Indian journal of veterinary science and animal husbandry - Volume 12,
Year: 1942
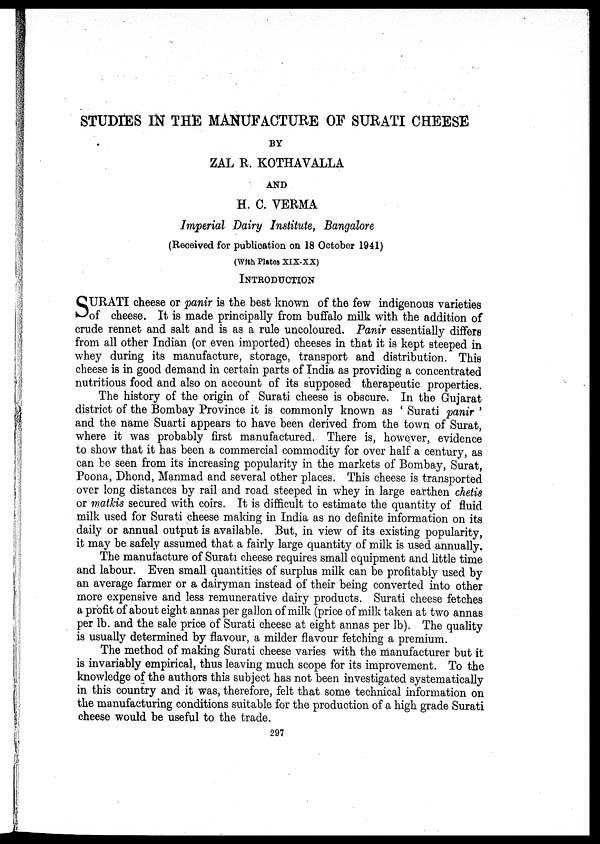
STUDIES IN THE MANUFACTURE OF SURATI CHEESE
BY
ZAL R. KOTHAVALLA
AND
H. C. VERMA
Imperial Dairy Institute, Bangalore
(Received for publication on 18 October 1941)
(With Plates XIX-XX)
INTRODUCTION
S URATI cheese or panir is the best known of the few indigenous varieties
of cheese. It is made principally from buffalo milk with the addition of
crude rennet and salt and is as a rule uncoloured. Panir essentially differs
from all other Indian (or even imported) cheeses in that it is kept steeped in
whey during its manufacture, storage, transport and distribution. This
cheese is in good demand in certain parts of India as providing a concentrated
nutritious food and also on account of its supposed therapeutic properties.
The history of the origin of Surati cheese is obscure. In the Gujarat
district of the Bombay Province it is commonly known as ' Surati panir '
and the name Suarti appears to have been derived from the town of Surat,
where it was probably first manufactured. There is, however, evidence
to show that it has been a commercial commodity for over half a century, as
can be seen from its increasing popularity in the markets of Bombay, Surat,
Poona, Dhond, Manmad and several other places. This cheese is transported
over long distances by rail and road steeped in whey in large earthen chetis
or matkis secured with coirs. It is difficult to estimate the quantity of fluid
milk used for Surati cheese making in India as no definite information on its
daily or annual output is available. But, in view of its existing popularity,
it may be safely assumed that a fairly large quantity of milk is used annually.
The manufacture of Surati cheese requires small equipment and little time
and labour. Even small quantities of surplus milk can be profitably used by
an average farmer or a dairyman instead of their being converted into other
more expensive and less remunerative dairy products. Surati cheese fetches
a profit of about eight annas per gallon of milk (price of milk taken at two annas
per lb. and the sale price of Surati cheese at eight annas per lb). The quality
is usually determined by flavour, a milder flavour fetching a premium.
The method of making Surati cheese varies with the manufacturer but it
is invariably empirical, thus leaving much scope for its improvement. To the
knowledge of the authors this subject has not been investigated systematically
in this country and it was, therefore, felt that some technical information on
the manufacturing conditions suitable for the production of a high grade Surati
cheese would be useful to the trade.
297